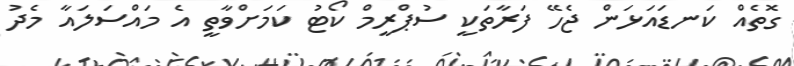
ގޮތެއް ކަނޑައަޅަން ޖެހޭ ފަރާތަކީ ސުޕްރީމް ކޯޓު ކަމަށްވާތީ އެ މައްސަލައާ މެދު